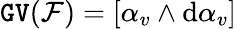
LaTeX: \mathtt{GV}({\mathcal F})=[\alpha_{v}\wedge\mathrm{d}\alpha_{v}]